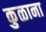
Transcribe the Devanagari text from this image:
कुळाना